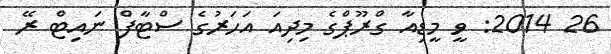
26 2014: ވީ މީޑިއާ ގްރޫޕްގެ މިދިއަ އަހަރުގެ ސްޓާފް ނައިޓް ރޭ